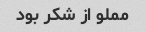
مملو از شکر بود